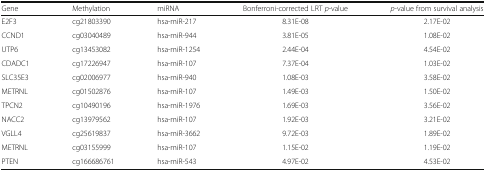
<table><thead><tr><td><b>Gene</b></td><td><b>Methylation</b></td><td><b>miRNA</b></td><td><b>Bonferroni-corrected LRT <i>p</i>-value</b></td><td><b><i>p</i>-value from survival analysis</b></td></tr></thead><tbody><tr><td>E2F3</td><td>cg21803390</td><td>hsa-miR-217</td><td>8.31E-08</td><td>2.17E-02</td></tr><tr><td>CCND1</td><td>cg03040489</td><td>hsa-miR-944</td><td>3.81E-05</td><td>1.08E-02</td></tr><tr><td>UTP6</td><td>cg13453082</td><td>hsa-miR-1254</td><td>2.44E-04</td><td>4.54E-02</td></tr><tr><td>CDADC1</td><td>cg17226947</td><td>hsa-miR-107</td><td>7.37E-04</td><td>1.03E-02</td></tr><tr><td>SLC35E3</td><td>cg02006977</td><td>hsa-miR-940</td><td>1.08E-03</td><td>3.58E-02</td></tr><tr><td>METRNL</td><td>cg01502876</td><td>hsa-miR-107</td><td>1.49E-03</td><td>1.50E-02</td></tr><tr><td>TPCN2</td><td>cg10490196</td><td>hsa-miR-1976</td><td>1.69E-03</td><td>3.56E-02</td></tr><tr><td>NACC2</td><td>cg13979562</td><td>hsa-miR-107</td><td>1.92E-03</td><td>3.21E-02</td></tr><tr><td>VGLL4</td><td>cg25619837</td><td>hsa-miR-3662</td><td>9.72E-03</td><td>1.89E-02</td></tr><tr><td>METRNL</td><td>cg03155999</td><td>hsa-miR-107</td><td>1.15E-02</td><td>1.19E-02</td></tr><tr><td>PTEN</td><td>cg166686761</td><td>hsa-miR-543</td><td>4.97E-02</td><td>4.53E-02</td></tr></tbody></table>